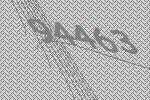
94463